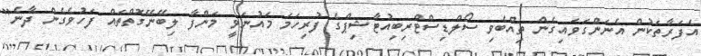
އެފަރާތަކުން އެނަންގަވައިގެން ތިއްބެވި ސޯލްޑިސްޓްރިބިއުޓާޝިޕްގެ ފުރިހަމަ މައުނަވީ މަންފާ ލިބޭނޭގޮތްތައް ފަހުވެގެން ދާނެ"